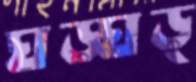
ঘড়্‌ঘড়্‌